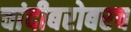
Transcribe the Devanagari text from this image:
चांदीबरोबरच